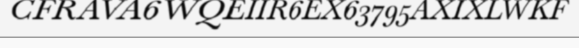
CFRAVA6WQEIIR6EX63795AXIXLWKF